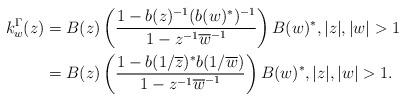
LaTeX: \begin{align*} k_w ^\Gamma (z) & = B(z) \left( \frac{1 - b (z) ^{-1} (b (w) ^* ) ^{-1} }{1 - z^{-1} \overline{w} ^{-1} } \right) B(w) ^*, |z | , |w| > 1 \\& = B(z) \left( \frac{1 - b ( 1 /\overline{z} ) ^* b (1 / \overline{w} ) }{1 - z^{-1} \overline{w} ^{-1} } \right) B(w) ^*, |z | , |w| > 1.\end{align*}